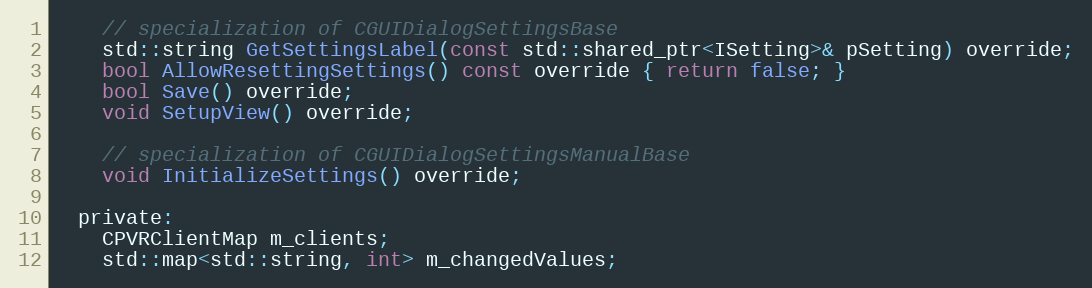
Language: C
    // specialization of CGUIDialogSettingsBase
    std::string GetSettingsLabel(const std::shared_ptr<ISetting>& pSetting) override;
    bool AllowResettingSettings() const override { return false; }
    bool Save() override;
    void SetupView() override;

    // specialization of CGUIDialogSettingsManualBase
    void InitializeSettings() override;

  private:
    CPVRClientMap m_clients;
    std::map<std::string, int> m_changedValues;